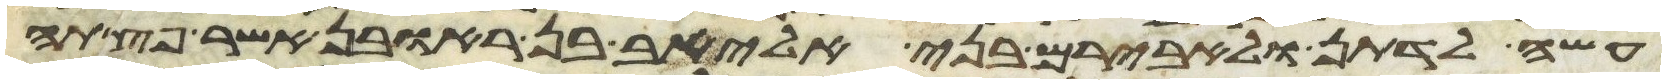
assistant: עשה לדתן ולאבירם בני אליאב בן ראובן אשר פצתה